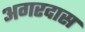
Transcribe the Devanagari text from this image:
अगरदास